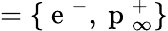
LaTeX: =\lbrace\mathrm{~e~}^{-},\mathrm{~p~}_{\infty}^{+}\rbrace